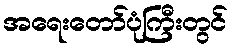
အရေးတော်ပုံကြီးတွင်